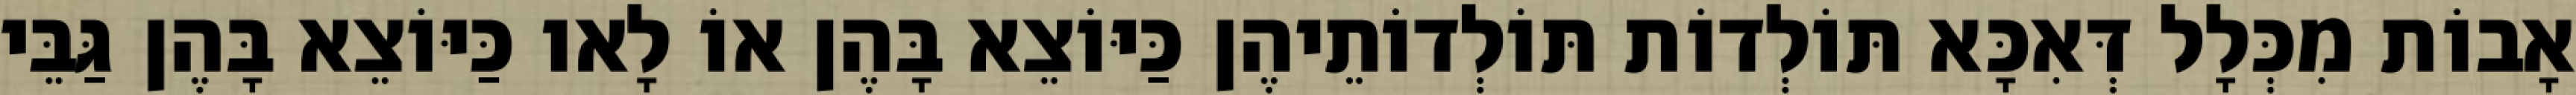
אָבוֹת מִכְּלָל דְּאִכָּא תּוֹלְדוֹת תּוֹלְדוֹתֵיהֶן כַּיּוֹצֵא בָּהֶן אוֹ לָאו כַּיּוֹצֵא בָּהֶן גַּבֵּי